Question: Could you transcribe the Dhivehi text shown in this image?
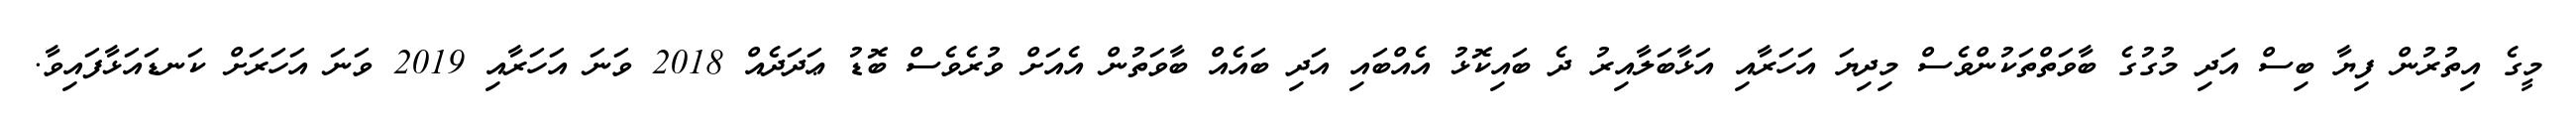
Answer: މީގެ އިތުރުން ފިޔާ ބިސް އަދި މުގުގެ ބާވަތްތަކުންވެސް މިދިޔަ އަހަރާއި އަޅާބަލާއިރު ދެ ބައިކޮޅު އެއްބައި އަދި ބައެއް ބާވަތުން އެއަށް ވުރެވެސް ބޮޑު ޢަދަދެއް 2018 ވަނަ އަހަރާއި 2019 ވަނަ އަހަރަށް ކަނޑައަޅާފައިވާ.